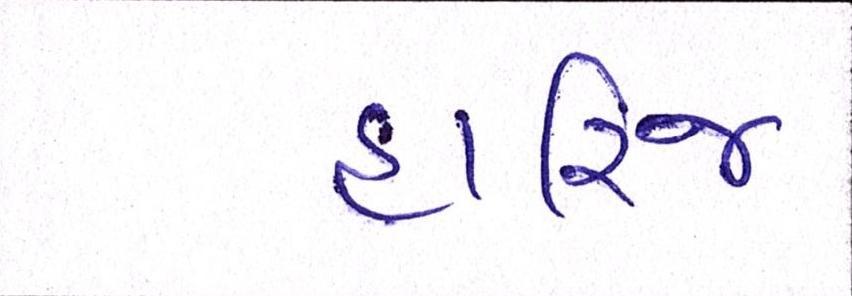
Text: હારિજ